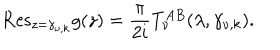
LaTeX: { \mathrm { R e s } } _ { z = \gamma _ { \nu , k } } g ( z ) = \frac { \pi } { 2 i } T _ { \nu } ^ { A B } ( \lambda , \gamma _ { \nu , k } ) .